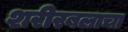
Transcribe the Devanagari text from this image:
शरीरबलाचा